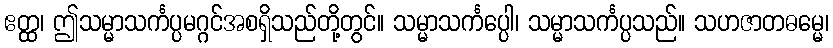
ဧတ္ထ၊ ဤသမ္မာသင်္ကပ္ပမဂ္ဂင်အစရှိသည်တို့တွင်။ သမ္မာသင်္ကပ္ပေါ၊ သမ္မာသင်္ကပ္ပသည်။ သဟဇာတဓမ္မေ၊